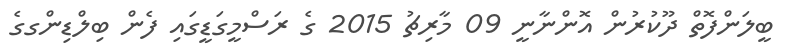
ބީލަންފޮތް ދޫކުރުން އޮންނާނީ 09 މާރިޗު 2015 ގެ ރަސްމީގަޑީގައި ފެން ބިލްޑިންގގެ